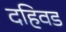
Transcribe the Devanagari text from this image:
दहिवड